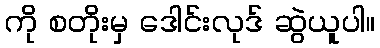
ကို စတိုးမှ ဒေါင်းလုဒ် ဆွဲယူပါ။